Medical and sanitary report of the native army of Bengal for the year
Year: 1874
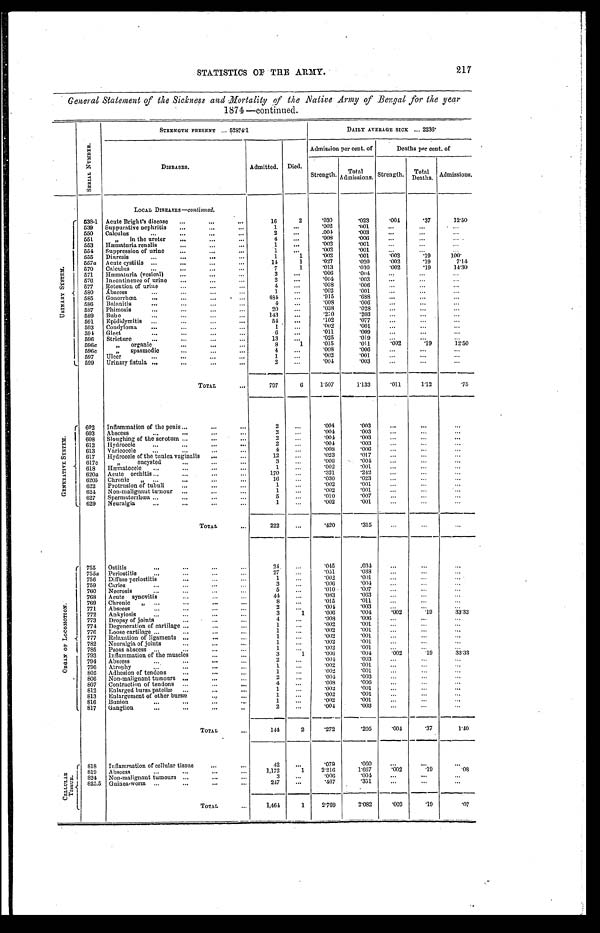
STATISTICS OF THE ARMY.
217
General Statement of the Sickness and Mortality of the Native Army of Bengal for the year
1874—continued.
S E R I A L N U M B E R .
STRENGTH PRESENT ... 52874·1
DAILY AVERAGE SICK ... 2236·
DISEASES.
Admitted. Died.
Admission per cent. of
Deaths per cent. of
Strength. Total
Admissions. Strength. Total
Deaths. Admissions.
U R I N A R Y S Y S T E M .
538-1
LOCAL DISEASES—continued.
Acute Bright's disease
16
2
·030
·023
·001
·37
12·50
539 Suppurative nephritis
1
. . .
·002
·001
...
. . .
. . .
550 Calculus
2
...
·004
·003
...
. . .
. . .
551
" in the ureter
4
...
·008
·006
...
. . .
. . .
553
Hæmaturia renalis
1
...
·002
·001
. . .
. . .
. . .
554 Suppression of urine
1
...
·002
·001
. . .
. . .
. . .
555 Diuresis
1
1
·002
·001
·002
·19
100·
557a Acute cystitis
14
1
·027
·020
·002
·19
7·14
570 Calculus
7
1
·013
·010
·002
·19
14·30
571 Hæmaturia (vesical)
3
...
·006
· 0 0 4
. . .
. . .
. . .
570 Incontinence of urine
2
. . .
·004
·003
. . .
. . .
. . .
577 Retention of urine
4
. . .
· 0 0 8·002
. . .
. . .
. . .
580 Abscess
1
. . .
·002
·001
. . .
. . .
. . .
585 Gonorrhœa
484
. . .
·915
·688
. . .
. . .
. . .
586 Balanitis
4
. . .
·008
·006
. . .
. . .
. . .
587 Phimosis
20
. . .
·038
·028
. . .
. . .
. . .
589 Bubo
143
. . .
·270
·203
. . .
. . .
. . .
591 Epididymitis
54
. . .
·102
·077
. . .
. . .
. . .
593 Condyloma
1
. . .
·002
·001
. . .
. . .
. . .
594 Gleet
6
. . .
·011
·009
. . .
. . .
. . .
596 Stricture
13
. . .
·025
·019
. . .
. . .
. . .
596a
" organic
8
1
·015
·011
·002
·19
12·50
596c
" spasmodic
4
. . .
·003
·006
. . .
. . .
. . .
597 Ulcer
1
. . .
·002
·001
. . .
. . .
. . .
599 Urinary fistula
2
. . .
· 0 0 4
·003
. . .
. . .
. . .
TOTAL
797
0
1·507
1·133
·011
1·12
·75
G E N E R A T I V E S Y S T E M .
602 Inflammation of the penis
2
. . .
·004
·003
. . .
. . .
. . .
603 Abscess
2
. . .
·004
·003
...
...
...
608 Sloughing of the scrotum
2
. . .
·004
·003
. . .
. . .
. . .
612 Hydrocele
2
. . .
·004
·003
...
. . .
. . .
613 Varicocele
4
. . .
·008
·006
. . .
. . .
. . .
617 Hydrocele of the tunica vaginalis
12
. . .
·023
·017
...
...
. . .
617c
" encysted
3
. . .
·006
·004
. . .
...
...
618 Hæmatocele
1
...
·002
·001
. . .
. . .
. . .
620a Acute orchitis
170
. . .
·321
·242
...
...
...
620b Chronic "
16
. . .
·030
·023
...
...
...
622 Protrusion of tubuli
1
. . .
·002
·001
. . .
. . .
. . .
624 Non-malignaut tumour
1
. . .
·002
·001
. . .
. . .
. . .
627 Spermatorrhœa
5
. . .
·010
·007
...
. . .
. . .
6 2 9
Neuralgia
1
. . .
·002
·001
...
...
. . .
TOTAL
222
...
·420
·315
...
...
...
O R G A N O F L O C O M O T I O N .
755 Ostitis
24 ...
·045
·034
...
...
...
755a Periostitis
27
. . .
·051
·038
. . .
. . .
. . .
756 Diffuse periostitis
1
. . .
· 0 0 2
·001
. . .
. . .
. . .
759 Caries
3
. . .
·006
·004
...
...
. . .
760 Necrosis
5
. . .
·010
·007
...
...
. . .
768 Acute synovitis
44
...
· 0 8 3
·063
...
...
...
769 Chronic
8
. . .
·015
·011
...
...
...
771 Abscess
2
. . .
·004
·003
. . .
. . .
. . .
772 Aukylosis
3
1
·006
·004
·002
·19
33·33
773 Dropsy of joints
4
. . .
·008
·006
. . .
. . .
. . .
774 Degeneration of cartilage
1
...
· 0 0 2
·001
...
...
...
776 Loose cartilage
1
...
·002
·001
...
...
. . .
777 Relaxation of ligaments
1
...
· 0 0 2
·001
. . .
. . .
...
782 Neuralgia of joints
1
...
·002
·001
...
...
. . .
785 Psoas abscess
1
...
·002
·001
. . .
. . .
...
793 Inflammation of the muscles
3
1
·006
·004
·002
·19
33·33
794 Abscess
2
...
·004
·003
...
. . .
. . .
756 Atrophy
1
...
·002
·001
...
...
. . .
805 Adhesion of tendons
1
. . .
·002
·001
. . .
...
. . .
806 Nonmalignant tumours
2
...
·004
·003
...
. . .
. . .
807 Contraction of tendons
4
...
·008
·006
. . .
...
. . .
812 Enlarged bursa patellæ
1
...
·001
·001
. . .
. . .
. . .
813 Enlargement of other bursæ
1
...
·009
·001
. . .
. . .
. . .
816 Bunion
1
...
·002
· 0 0 1
. . .
. . .
. . .
817 Ganglion
2
...
·004
·003
...
. . .
. . .
TOTAL
144
2
·272
·205
·001
·37
1·40
C E L L U L A R T I S S U E .
818 Inflammation of cellular tissue
4 2
. . .
·079
·060
. . .
. . .
. . .
819 Abscess
1,172
1
2·216
1·607
·002
·19
·08
824 Non-malignant tumours
3
...
·006
·004
. . .
. . .
. . .
825.5 Guinea-worm
247
...
·467
·351
. . .
. . .
. . .
TOTAL
1,461
1
2·769
2·082
·002
·19
·07